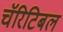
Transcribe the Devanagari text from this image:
चॅरिटिबल